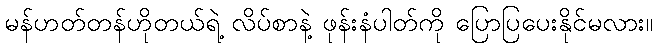
မန်ဟတ်တန်ဟိုတယ်ရဲ့ လိပ်စာနဲ့ ဖုန်းနံပါတ်ကို ပြောပြပေးနိုင်မလား။